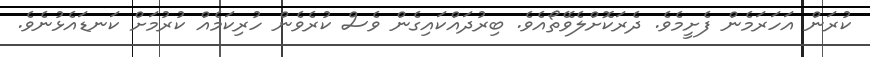
ކުރަން އަހަރަމެން ފެށީމެވެ. ދެރަކޮށްލެވޭތޯއެވެ. ބިރުދައްކައިގެން ވެސް ކުރެވެން ހުރިކަމެއް ކުރުމަށް ކަނޑައެޅުނެވެ.